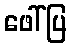
ဖေါ်ပြ